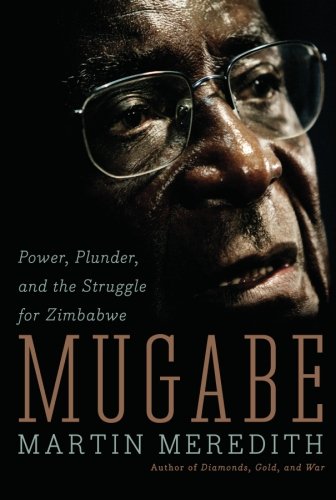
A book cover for Mugabe: Power, Plunder, and the Struggle for Zimbabwe's Future; Martin Meredith; History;